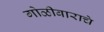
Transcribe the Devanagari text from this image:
गोळीबाराचे